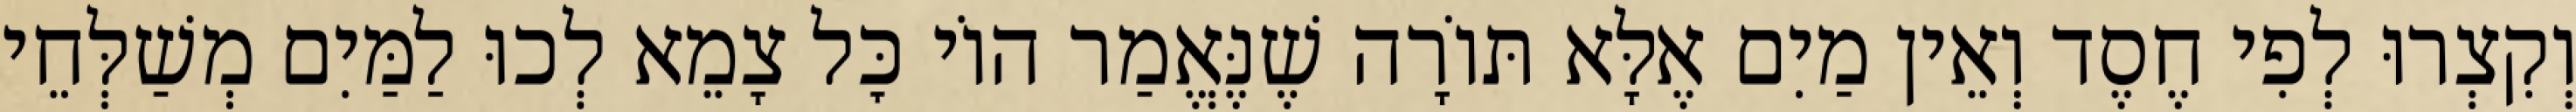
וְקִצְרוּ לְפִי חֶסֶד וְאֵין מַיִם אֶלָּא תּוֹרָה שֶׁנֶּאֱמַר הוֹי כׇּל צָמֵא לְכוּ לַמַּיִם מְשַׁלְּחֵי